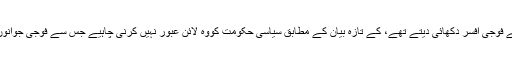
نئے آرمی چیف، جو اب تک ایک مختلف قسم کے فوجی افسر دکھائی دیتے تھے، کے تازہ بیان کے مطابق سیاسی حکومت کووہ لائن عبور نہیں کرنی چاہیے جس سے فوجی جوانوں کے عزتِ نفس کو ٹھیس پہنچنے کا اندیشہ ہو۔